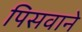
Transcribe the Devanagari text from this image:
पिसवाने